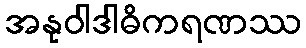
အနုဝါဒါဓိကရဏဿ